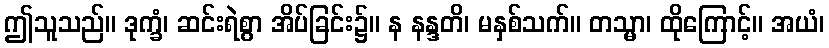
ဤသူသည်။ ဒုက္ခံ၊ ဆင်းရဲစွာ အိပ်ခြင်း၌။ န နန္ဒတိ၊ မနှစ်သက်။ တသ္မာ၊ ထိုကြောင့်။ အယံ၊